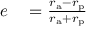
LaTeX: \begin{array} { r l } { e } & { { } = { \frac { r _ { \mathrm { a } } - r _ { \mathrm { p } } } { r _ { \mathrm { a } } + r _ { \mathrm { p } } } } } \end{array}